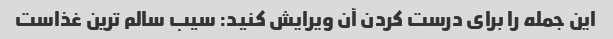
این جمله را برای درست کردن آن ویرایش کنید: سیب سالم ترین غذاست